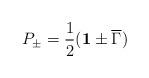
LaTeX: \begin{align*}P_\pm = \frac{1}{2}({\bf 1}\pm {\overline\Gamma}) \end{align*}